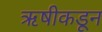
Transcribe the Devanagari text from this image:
ऋषीकडून